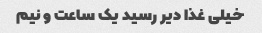
خیلی غذا دیر رسید یک ساعت و نیم